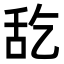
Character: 𮍵